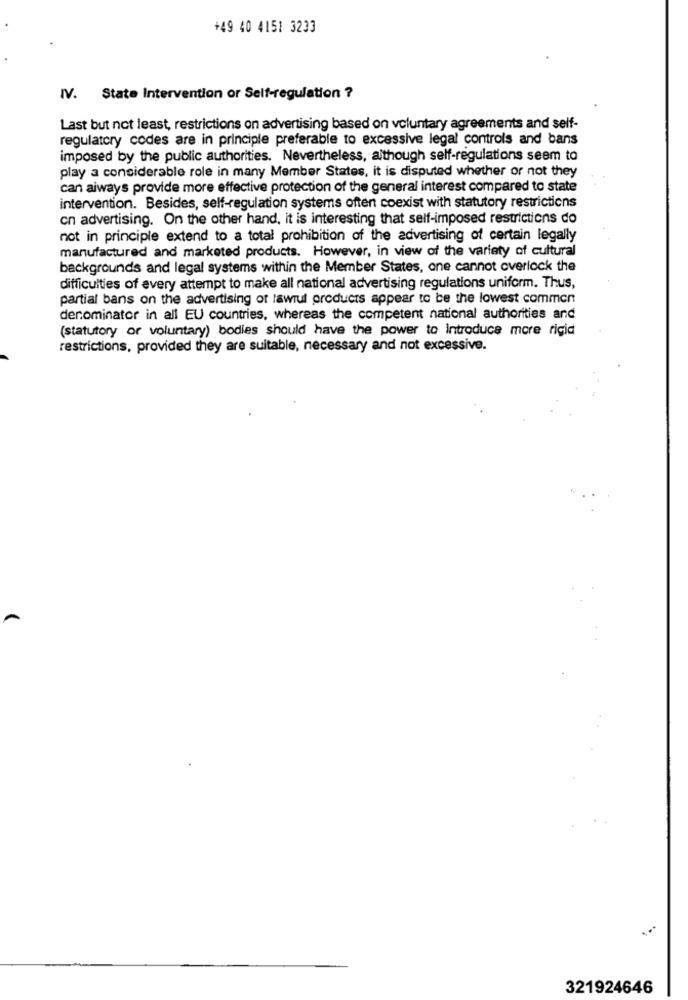
+49 40 4151 3233
IV. State Intervention or Self-regulation ?
Last but not least, restrictions on advertising based on voluntary agreements and self-
regulatory codes are in principle preferable to excessive legal controls and bans
imposed by the public authorities. Nevertheless, although self-regulations seem to
play a considerable role in many Member States, it is disputed whether or not they
can aiways provide more effective protection of the general interest compared to state
intervention. Besides, self-regulation systems often coexist with statutory restrictions
cn advertising. On the other hand, it is interesting that self-imposed restrictions do
not in principle extend to a total prohibition of the advertising of certain legally
manufactured and marketed products. However, in view of the variety of cultural
backgrounds and legal systems within the Member States, one cannot overlock the
difficulties of every attempt to make all national advertising regulations uniform. Thus,
partial bans on the advertising of lawrul products appear to be the lowest common
denominator in all EU countries, whereas the competent national authorities and
(statutory or voluntary) bodies should have the power to introduce more rigid
restrictions, provided they are suitable, necessary and not excessive.
...
321924646